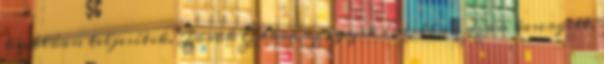
kiválóan teljesítik. Török Gábor az egyik írásában azon kesergett,